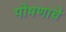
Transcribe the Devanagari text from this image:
पोषणाचे